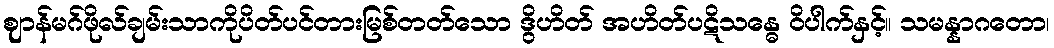
ဈာန်မဂ်ဖိုလ်ချမ်းသာကိုပိတ်ပင်တားမြစ်တတ်သော ဒွိဟိတ် အဟိတ်ပဋိသန္ဓေ ဝိပါက်နှင့်။ သမန္နာဂတော၊